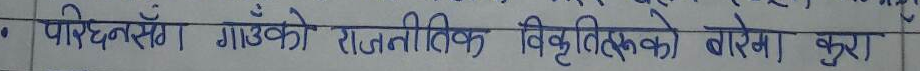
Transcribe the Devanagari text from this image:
पहिचानसँग गाउँको राजनीतिक विकृतिहरूको बारेमा कुरा